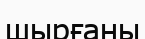
шырғаны